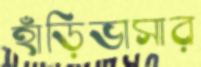
হাঁড়িভাসার